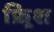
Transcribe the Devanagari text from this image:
फ्र्रिश